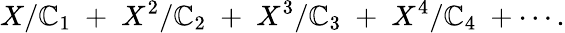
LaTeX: X/\mathbb{C}_{1}\; +\; X^{2}/\mathbb{C}_{2}\; +\; X^{3}/\mathbb{C}_{3}\; +\; X^{4}/\mathbb{C}_{4}\; +\cdots.